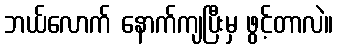
ဘယ်လောက် နောက်ကျပြီးမှ ဖွင့်တာလဲ။